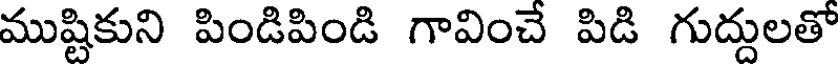
ముష్టికుని పిండిపిండి గావించే పిడి గుద్దులతో